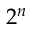
2 ^ { n }